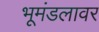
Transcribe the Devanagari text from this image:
भूमंडलावर